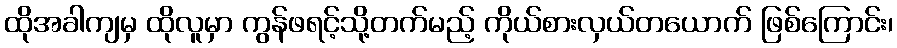
ထိုအခါကျမှ ထိုလူမှာ ကွန်ဖရင့်သို့တက်မည့် ကိုယ်စားလှယ်တယောက် ဖြစ်ကြောင်း၊